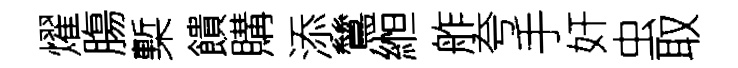
燿膓槧饋購添鷥縆舴夸手奸虫取